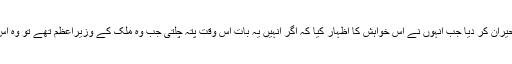
اس کے بعد بھی انہوں نے کئی لوگوں کو اُس وقت حیران کر دیا جب انہوں نے اس خواہش کا اظہار کیا کہ اگر انہیں یہ بات اُس وقت پتہ چلتی جب وہ ملک کے وزیراعظم تھے تو وہ اس شکایت کو دور کرنے کے اقدامات ضرور کرتے۔